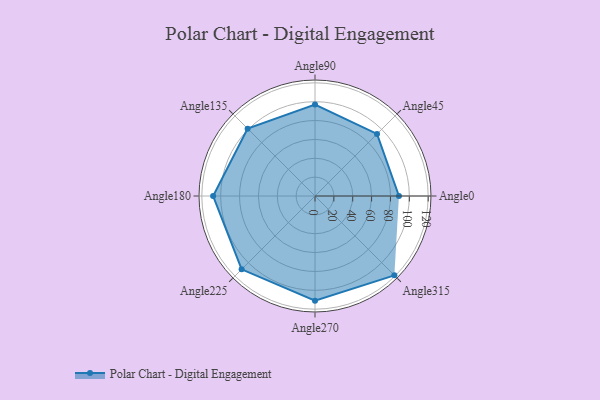
{"axis": {"x": "Angle", "y": "Radius"}, "legend": [""], "data": [{"x": "Angle0", "y": 89.0, "type": ""}, {"x": "Angle45", "y": 93.0, "type": ""}, {"x": "Angle90", "y": 97.0, "type": ""}, {"x": "Angle135", "y": 101.0, "type": ""}, {"x": "Angle180", "y": 108.0, "type": ""}, {"x": "Angle225", "y": 110.0, "type": ""}, {"x": "Angle270", "y": 111.0, "type": ""}, {"x": "Angle315", "y": 119.0, "type": ""}]}